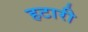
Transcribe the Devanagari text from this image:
हटारी